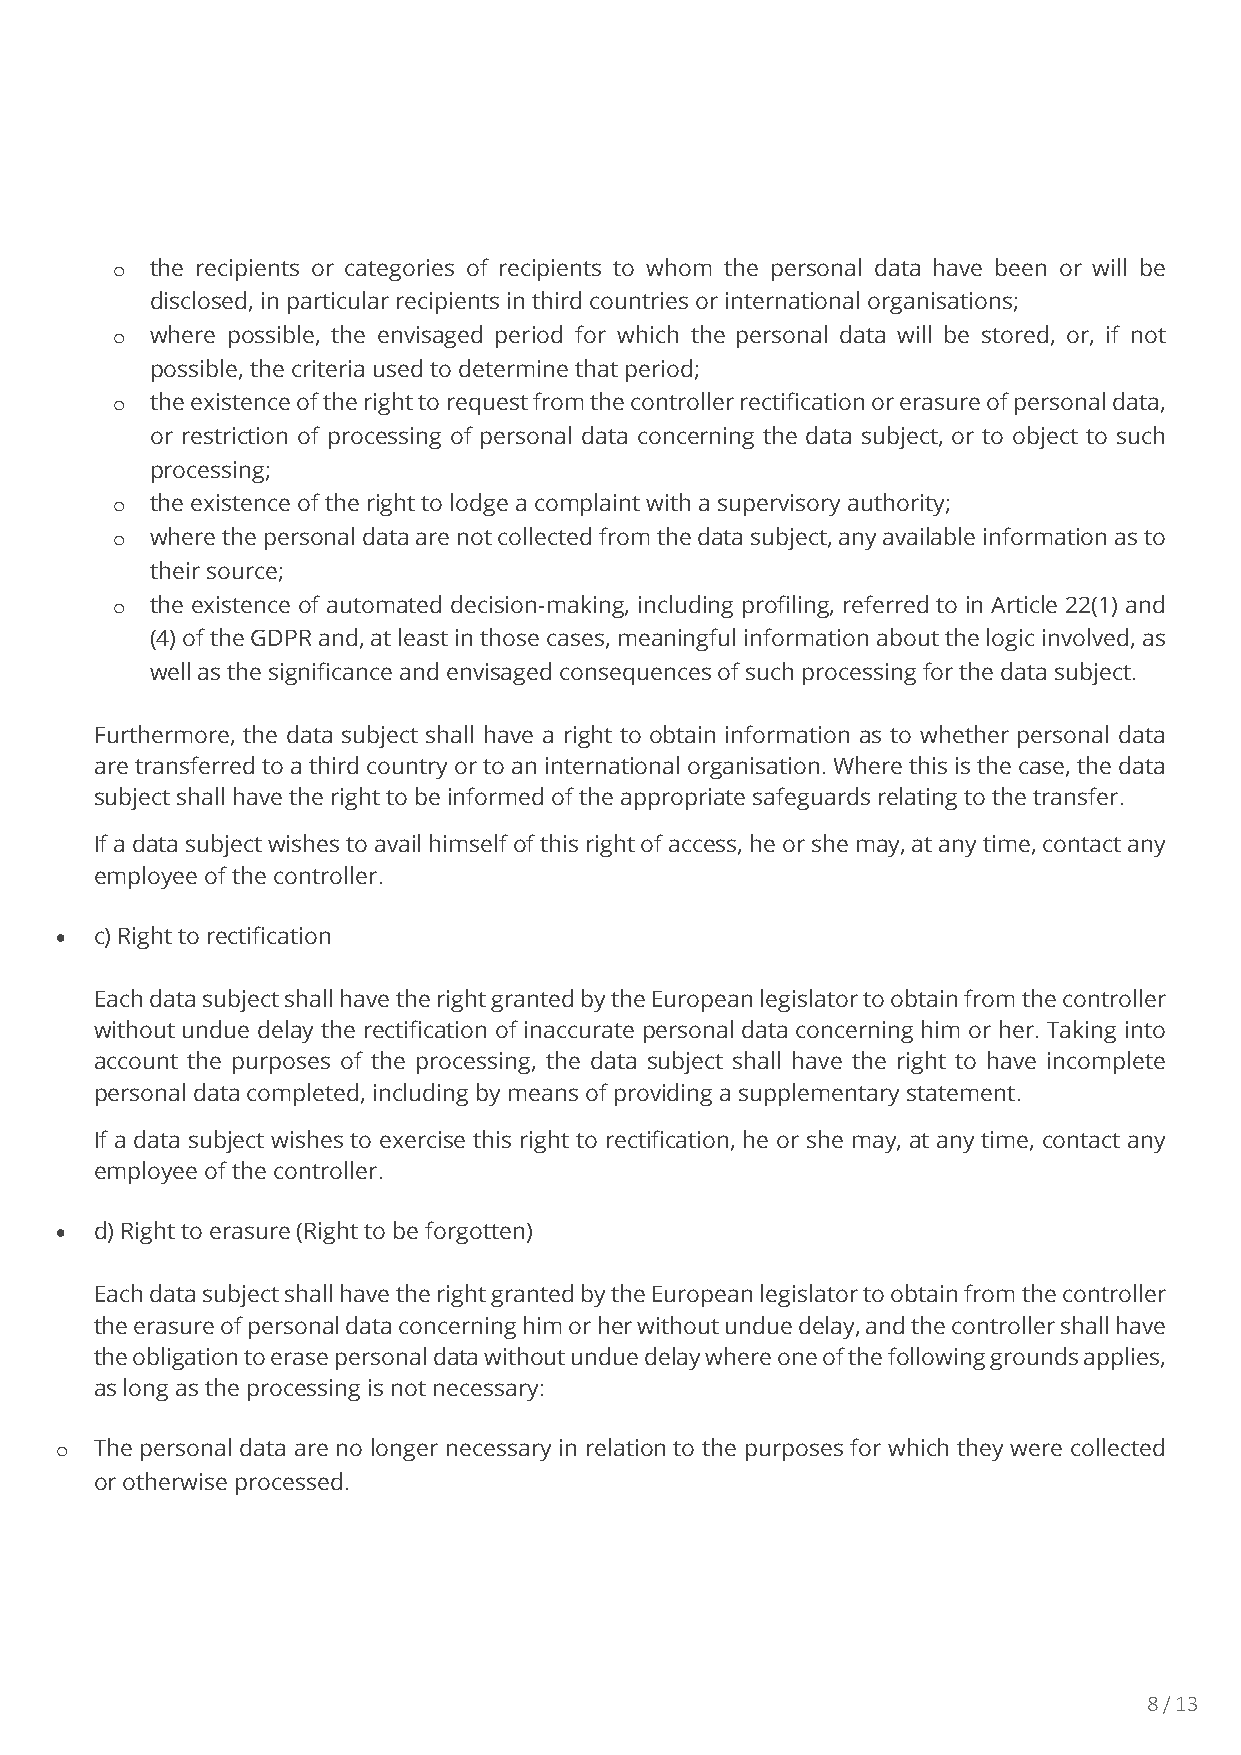
o  the recipients or categories of recipients to whom the personal data have been or will be
 disclosed, in particular recipients in third countries or international organisations;
 o  where possible, the envisaged period for which the personal data will be stored, or, if not
 possible, the criteria used to determine that period;
 o  the existence of the right to request from the controller rectification or erasure of personal data,
 or restriction of processing of personal data concerning the data subject, or to object to such
 processing;
 o  the existence of the right to lodge a complaint with a supervisory authority;
 o  where the personal data are not collected from the data subject, any available information as to
 their source;
 o  the existence of automated decision-making, including profiling, referred to in Article 22(1) and
 (4) of the GDPR and, at least in those cases, meaningful information about the logic involved, as
 well as the significance and envisaged consequences of such processing for the data subject.
 Furthermore, the data subject shall have a right to obtain information as to whether personal data
 are transferred to a third country or to an international organisation. Where this is the case, the data
 subject shall have the right to be informed of the appropriate safeguards relating to the transfer.
 If a data subject wishes to avail himself of this right of access, he or she may, at any time, contact any
 employee of the controller.
  c) Right to rectification
 Each data subject shall have the right granted by the European legislator to obtain from the controller
 without undue delay the rectification of inaccurate personal data concerning him or her. Taking into
 account the purposes of the processing, the data subject shall have the right to have incomplete
 personal data completed, including by means of providing a supplementary statement.
 If a data subject wishes to exercise this right to rectification, he or she may, at any time, contact any
 employee of the controller.
  d) Right to erasure (Right to be forgotten)
 Each data subject shall have the right granted by the European legislator to obtain from the controller
 the erasure of personal data concerning him or her without undue delay, and the controller shall have
 the obligation to erase personal data without undue delay where one of the following grounds applies,
 as long as the processing is not necessary:
 o The personal data are no longer necessary in relation to the purposes for which they were collected
 or otherwise processed.
 8 / 13